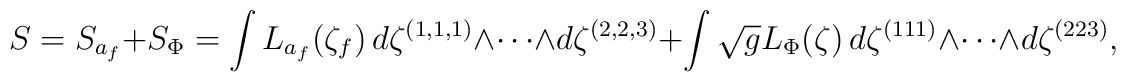
S=S_{a_{f}} + S_{\Phi}=\int L_{a_{f}}(\zeta_{f})\,d\zeta^{(1,1,1)}\wedge\cdots \wedge d\zeta^{(2,2,3)}+\int \sqrt{g}L_{\Phi}(\zeta)\,d\zeta^{(111)}\wedge\cdots \wedge d\zeta^{(223)},